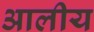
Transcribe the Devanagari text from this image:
आलीय